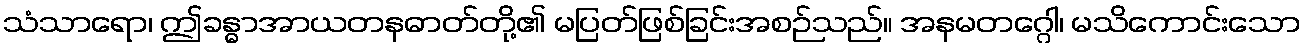
သံသာရော၊ ဤခန္ဓာအာယတနဓာတ်တို့၏ မပြတ်ဖြစ်ခြင်းအစဉ်သည်။ အနမတဂ္ဂေါ၊ မသိကောင်းသော